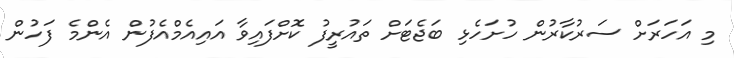
މި އަހަރަށް ސަރުކާރުން ހުށަހެޅި ބަޖެޓަށް ތައުރީފު ކޮށްފައިވާ އައިއެމްއެފުން އެންމެ ފަހުން